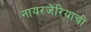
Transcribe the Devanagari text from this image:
नायरजेरियाची